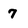
Character: 7